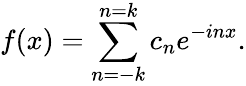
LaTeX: f(x)=\sum_{n=-k}^{n=k}c_{n}e^{-inx}.